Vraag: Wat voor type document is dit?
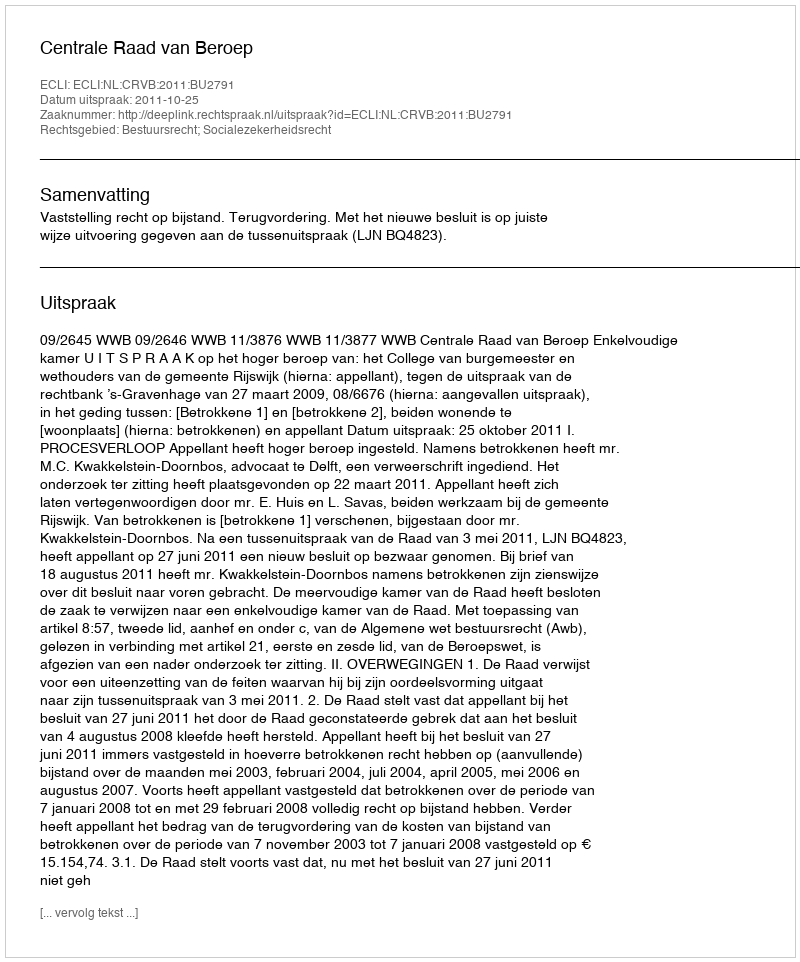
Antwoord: Uitspraak